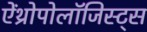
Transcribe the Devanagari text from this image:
ऐंथ्रोपोलॉजिस्ट्स